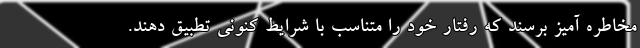
مخاطره آمیز برسند که رفتار خود را متناسب با شرایط کنونی تطبیق دهند.